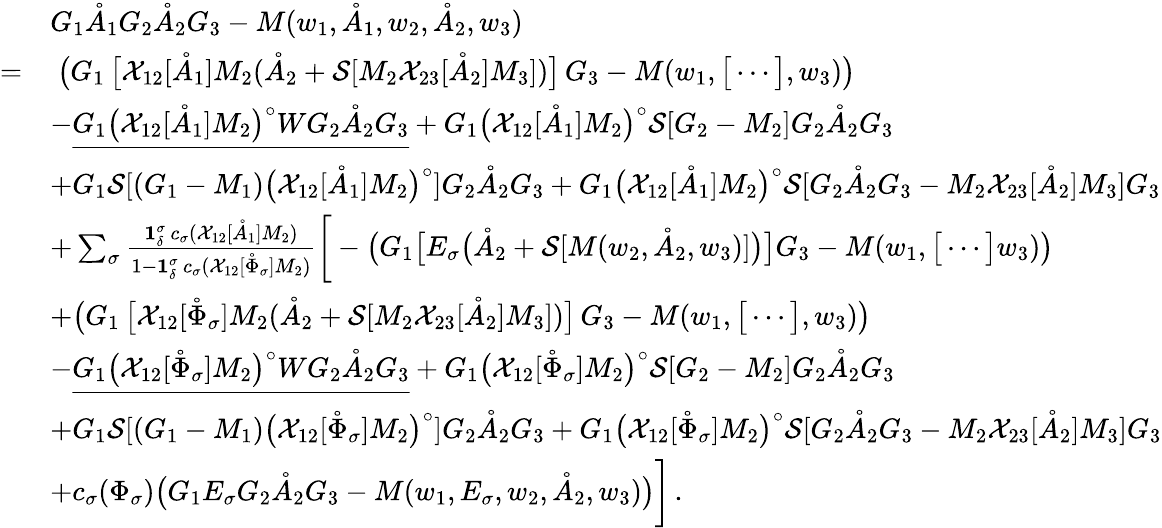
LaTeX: \begin{array}{rl}&{G_{1}\mathring{A}_{1}G_{2}\mathring{A}_{2}G_{3}-M(w_{1},\mathring{A}_{1},w_{2},\mathring{A}_{2},w_{3})}\\ {=}&{\ \big(G_{1}\, \big[\mathcal{X}_{12}[\mathring{A}_{1}]M_{2}(\mathring{A}_{2}+\mathcal{S}[M_{2}\mathcal{X}_{23}[\mathring{A}_{2}]M_{3}])\big]\, G_{3}-M(w_{1},\big[\cdots\big],w_{3})\big)}\\ &{-\underline{{G_{1}\big(\mathcal{X}_{12}[\mathring{A}_{1}]M_{2}\big)^{\circ}WG_{2}\mathring{A}_{2}G_{3}}}+G_{1}\big(\mathcal{X}_{12}[\mathring{A}_{1}]M_{2}\big)^{\circ}\mathcal{S}[G_{2}-M_{2}]G_{2}\mathring{A}_{2}G_{3}}\\ &{+G_{1}\mathcal{S}[(G_{1}-M_{1})\big(\mathcal{X}_{12}[\mathring{A}_{1}]M_{2}\big)^{\circ}]G_{2}\mathring{A}_{2}G_{3}+G_{1}\big(\mathcal{X}_{12}[\mathring{A}_{1}]M_{2}\big)^{\circ}\mathcal{S}[G_{2}\mathring{A}_{2}G_{3}-M_{2}\mathcal{X}_{23}[\mathring{A}_{2}]M_{3}]G_{3}}\\ &{+\sum_{\sigma}\frac{\mathbf{1}_{\delta}^{\sigma}\, c_{\sigma}(\mathcal{X}_{12}[\mathring{A}_{1}]M_{2})}{1-\mathbf{1}_{\delta}^{\sigma}\, c_{\sigma}(\mathcal{X}_{12}[\mathring{\Phi}_{\sigma}]M_{2})}\bigg[-\big(G_{1}\big[E_{\sigma}\big(\mathring{A}_{2}+\mathcal{S}[M(w_{2},\mathring{A}_{2},w_{3})]\big)\big]G_{3}-M(w_{1},\big[\cdots\big]w_{3})\big)}\\ &{+\big(G_{1}\, \big[\mathcal{X}_{12}[\mathring{\Phi}_{\sigma}]M_{2}(\mathring{A}_{2}+\mathcal{S}[M_{2}\mathcal{X}_{23}[\mathring{A}_{2}]M_{3}])\big]\, G_{3}-M(w_{1},\big[\cdots\big],w_{3})\big)}\\ &{-\underline{{G_{1}\big(\mathcal{X}_{12}[\mathring{\Phi}_{\sigma}]M_{2}\big)^{\circ}WG_{2}\mathring{A}_{2}G_{3}}}+G_{1}\big(\mathcal{X}_{12}[\mathring{\Phi}_{\sigma}]M_{2}\big)^{\circ}\mathcal{S}[G_{2}-M_{2}]G_{2}\mathring{A}_{2}G_{3}}\\ &{+G_{1}\mathcal{S}[(G_{1}-M_{1})\big(\mathcal{X}_{12}[\mathring{\Phi}_{\sigma}]M_{2}\big)^{\circ}]G_{2}\mathring{A}_{2}G_{3}+G_{1}\big(\mathcal{X}_{12}[\mathring{\Phi}_{\sigma}]M_{2}\big)^{\circ}\mathcal{S}[G_{2}\mathring{A}_{2}G_{3}-M_{2}\mathcal{X}_{23}[\mathring{A}_{2}]M_{3}]G_{3}}\\ &{+c_{\sigma}(\Phi_{\sigma})\big(G_{1}E_{\sigma}G_{2}\mathring{A}_{2}G_{3}-M(w_{1},E_{\sigma},w_{2},\mathring{A}_{2},w_{3})\big)\bigg]\, .}\end{array}